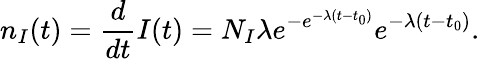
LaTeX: n_{I}(t)=\frac{d}{dt}I(t)=N_{I}\lambda e^{-e^{-\lambda(t-t_{0})}}e^{-\lambda(t-t_{0})}.